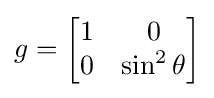
g={\begin{bmatrix}1&0\\0&\sin ^{2}\theta \end{bmatrix}}